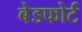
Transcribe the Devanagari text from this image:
बेडफोर्ट